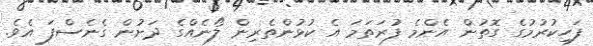
ފަހިކުރުމުގެ ގޮތުން އެންމެ ފުރަތަމަ އެ ކުޅުންތެރިން ލޯނެއްގެ ދަށުން ގެނެސްފަ އެވެ.